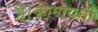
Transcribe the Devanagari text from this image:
है।कामायनी